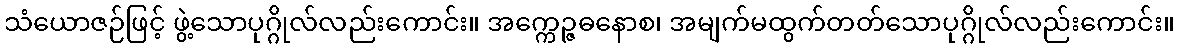
သံယောဇဉ်ဖြင့် ဖွဲ့သောပုဂ္ဂိုလ်လည်းကောင်း။ အက္ကေဉ္ဇဓနောစ၊ အမျက်မထွက်တတ်သောပုဂ္ဂိုလ်လည်းကောင်း။